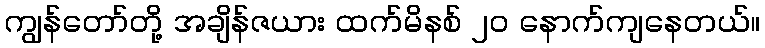
ကျွန်တော်တို့ အချိန်ဇယား ထက်မိနစ် ၂၀ နောက်ကျနေတယ်။